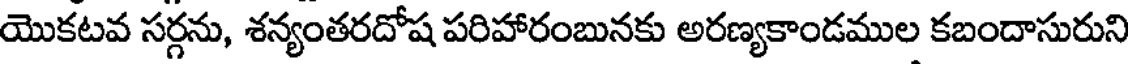
యొకటవ సర్గను, శన్యంతరదోష పరిహారంబునకు అరణ్యకాండముల కబందాసురుని